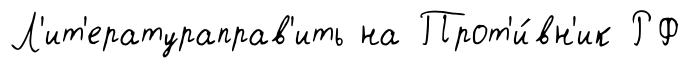
Л'ит'ератураправ'ить на Прот'и́вн'ик РФ